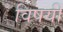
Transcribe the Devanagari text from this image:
विषयीं